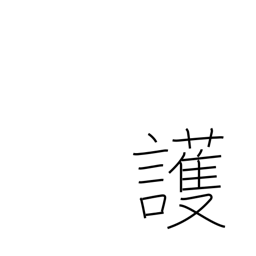
Meaning: safeguard